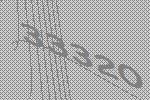
33320